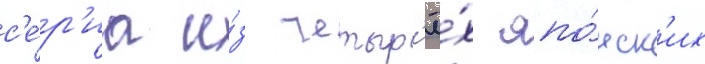
с'е́р'иа и́з четыр'ё́х япо́нск'их